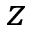
z